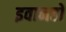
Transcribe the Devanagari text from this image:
इवानहो